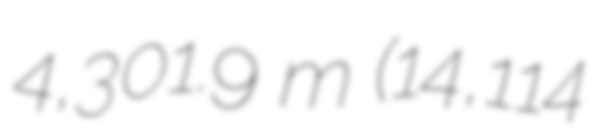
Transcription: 4,301.9 m (14,114